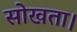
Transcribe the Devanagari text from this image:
सोखता।